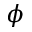
\phi